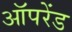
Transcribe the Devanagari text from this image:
ऑपरेंड